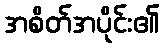
အစိတ်အပိုင်း၏